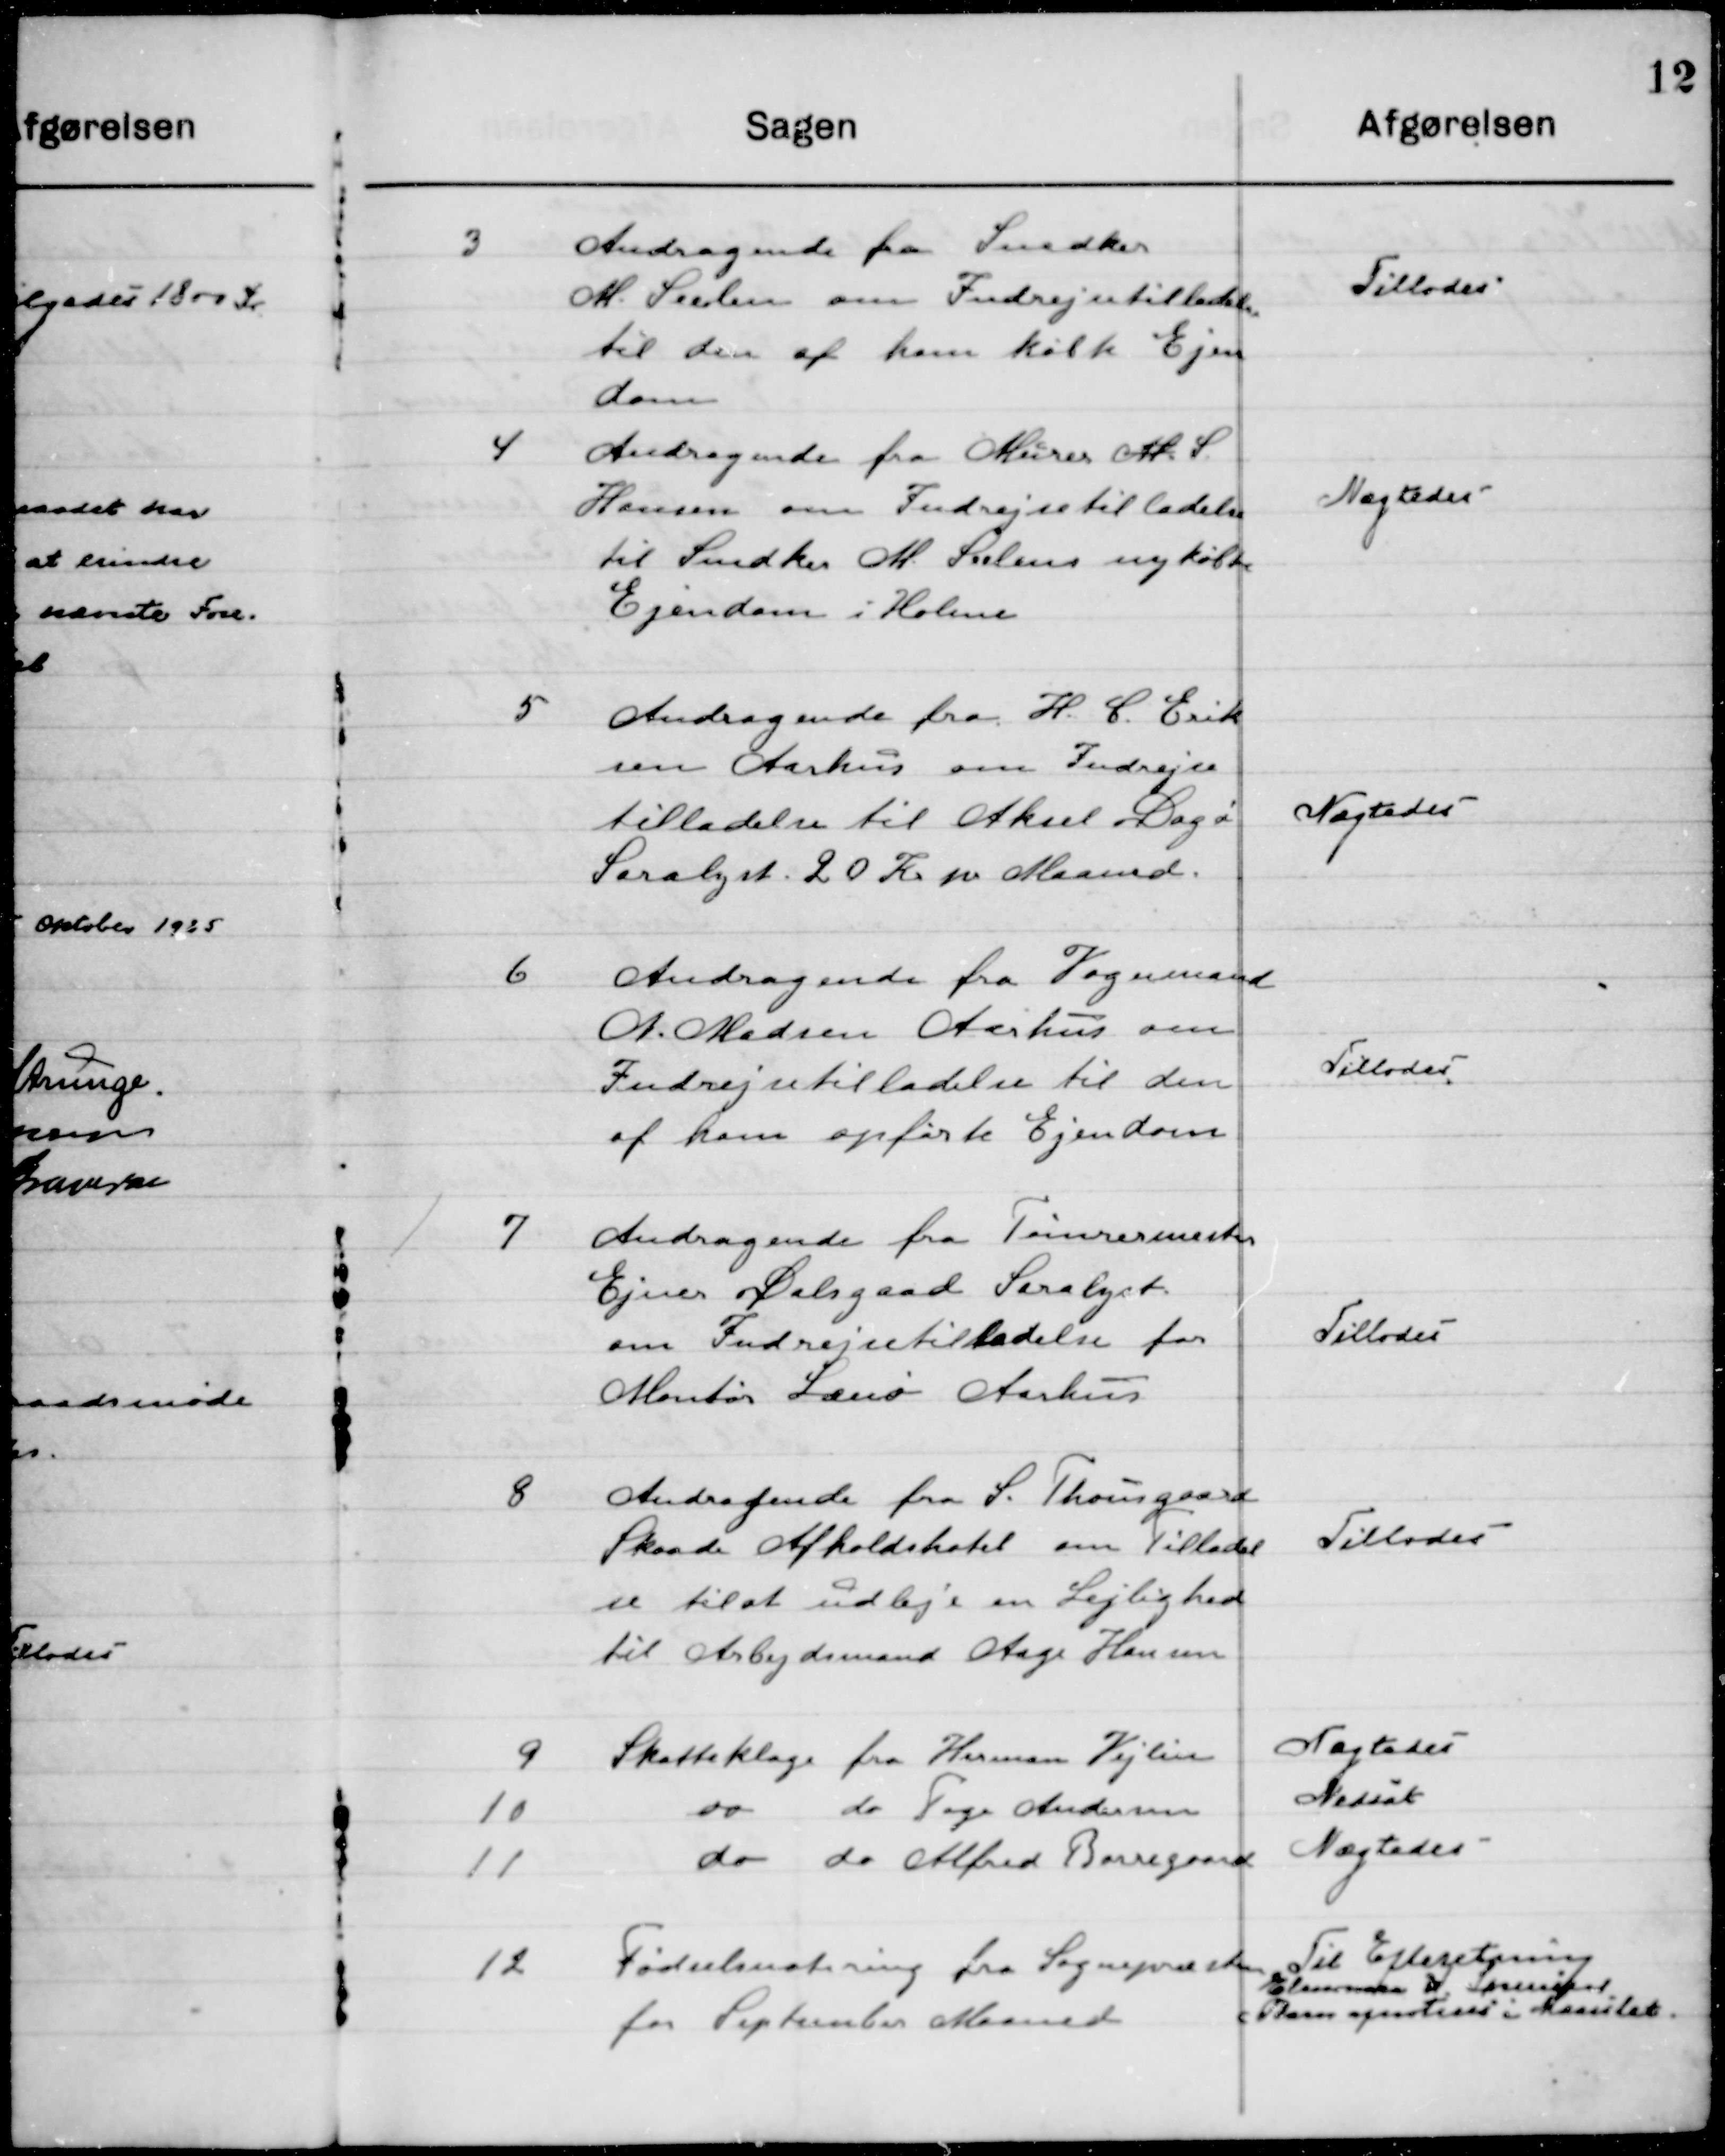
Transskription:
3

Andragende fra snedker
M. Seelen om Indrejsetilladelse
til den af ham købte Ejen-
dom.

Tillodes

4

Andragende fra Murer M. S.
Hansen om Indrejsetilladelse
til Snedker M. Seelen ny købte
Ejendom i holme

Nægtes

5

Andragende fra H. C. Erik-
sen Aarhus om Indrejse-
tilladelse til Aksel Dagø 	
Saralyst 20 Kr. pr. Maaned.

Nægtes

6

Andragende fra Vognmand
A. Madsen Aarhus om 
Indrejsetilladelse til den 
af ham opførte ejendom.

Tillodes

7

Andragende fra Tømmermester
Ejner Dalsgaard Saralyst 
om Indrejsetilladelse for 
Monten Læsø Aarhus

Tillodes

8

Andragende fra S. Thorngaard 
Skaade Afholdshotel om Tilladel-
se til at udleje en Lejlighed
til Arbejdsmand Aage Hansen

Tillodes

9

Skatteklage fra Herman Vejlen

Nægtes

10

do		do	Tage Andersen

Nægtes

11

do		do	 Alfred Borregaard

Nægtes

12

Fødselsnotering fra Sognepræsten
for September Maaned

Til Efterretning
Elmose H. Sørensen
Plan afnoteres i Maarslet